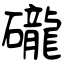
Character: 礲